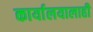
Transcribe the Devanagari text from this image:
कार्यालयालाही